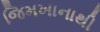
જિમખાનાથી